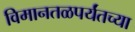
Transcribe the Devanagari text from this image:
विमानतळपर्यंतच्या